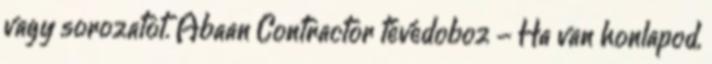
vagy sorozatot. Abaan Contractor tévédoboz - Ha van honlapod,